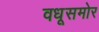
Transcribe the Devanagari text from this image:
वधूसमोर